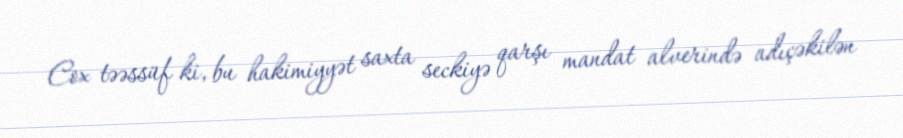
Cox təəssüf ki, bu hakimiyyət saxta seckiyə qarşı mandat alverində adıçəkilən